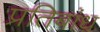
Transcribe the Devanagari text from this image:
प्रतिबांध